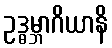
ဥဒ္ဓမ္ဘာဂိယာနိ